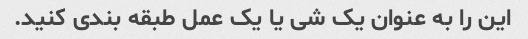
این را به عنوان یک شی یا یک عمل طبقه بندی کنید.